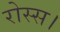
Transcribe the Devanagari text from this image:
रोस्स।